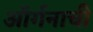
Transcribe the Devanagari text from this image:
ऑर्गनाची